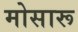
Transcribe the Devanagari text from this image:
मोसारू